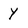
Character: Y